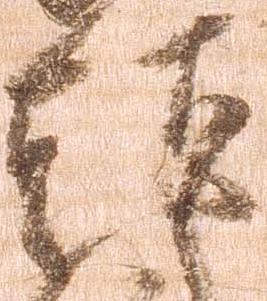
頭